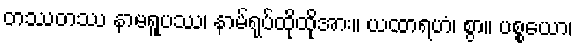
တဿတဿ နာမရူပဿ၊ နာမ်ရုပ်ထိုထိုအား။ ယထာရဟံ၊ စွာ။ ပစ္စယော၊